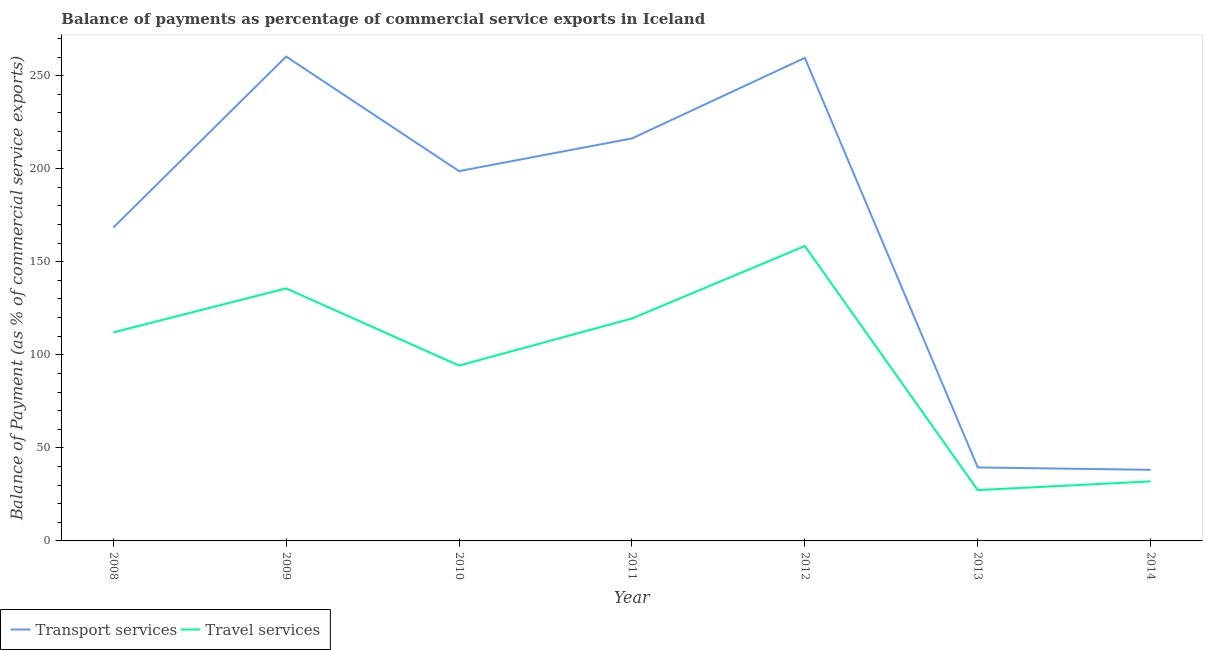
| Year | Transport services | Travel services |
 | --- | --- | --- |
 | 2008 | 168 | 112 |
 | 2009 | 260 | 136 |
 | 2010 | 199 | 94.2 |
 | 2011 | 216 | 120 |
 | 2012 | 260 | 158 |
 | 2013 | 39.5 | 27.3 |
 | 2014 | 38.2 | 32 |